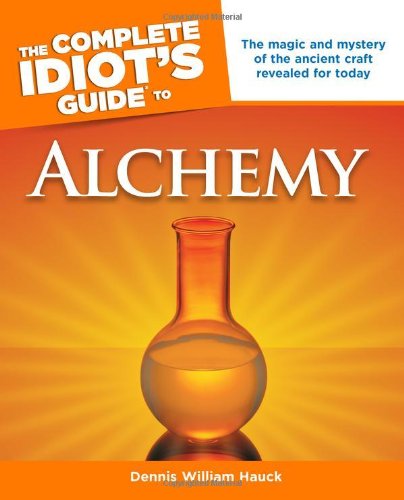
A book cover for The Complete Idiot's Guide to Alchemy (Idiot's Guides); Dennis William Hauck; Reference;